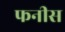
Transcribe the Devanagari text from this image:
फनीस